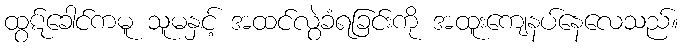
ထွဋ်ခေါင်ကမူ သူမနှင့် အထင်လွဲခံရခြင်းကို အထူးကျေနပ်နေလေသည်။